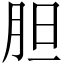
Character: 胆